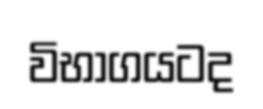
විභාගයටද